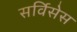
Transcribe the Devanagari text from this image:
सर्विसेस